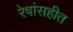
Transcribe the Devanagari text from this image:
रेषांसहीत